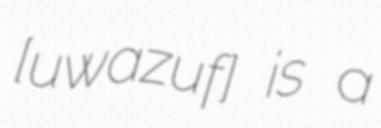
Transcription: [uˈwazuf] is a